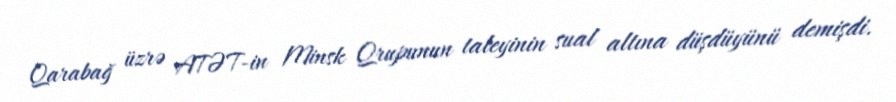
Qarabağ üzrə ATƏT-in Minsk Qrupunun taleyinin sual altına düşdüyünü demişdi.